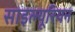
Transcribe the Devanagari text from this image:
साइल्यूरियन